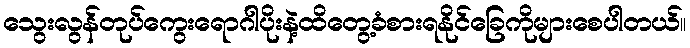
သွေးလွန်တုပ်ကွေးရောဂါပိုးနဲ့ထိတွေ့ခံစားရနိုင်ခြေကိုများစေပါတယ်။